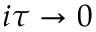
i \tau \rightarrow 0